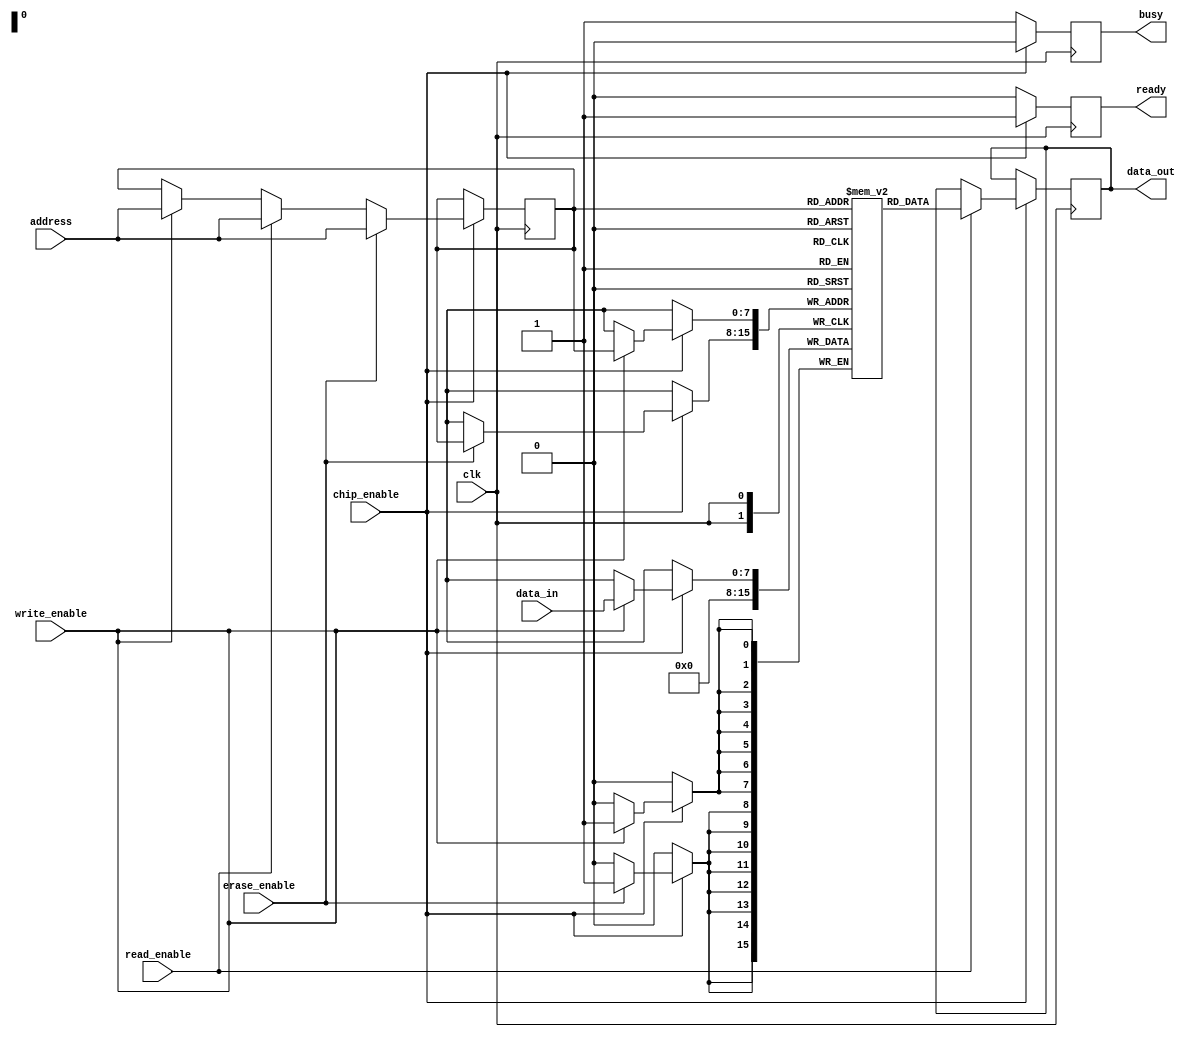
module NVSRAM #(
    parameter ADDR_WIDTH = 8, // Address width
    parameter DATA_WIDTH = 8, // Data width
    parameter MEM_SIZE = 256   // Memory size (2^ADDR_WIDTH)
)(
    input wire clk,            // Clock signal
    input wire chip_enable,    // Chip enable signal
    input wire write_enable,    // Write enable signal
    input wire read_enable,     // Read enable signal
    input wire erase_enable,     // Erase enable signal
    input wire [ADDR_WIDTH-1:0] address, // Address input
    input wire [DATA_WIDTH-1:0] data_in, // Data input
    output reg [DATA_WIDTH-1:0] data_out, // Data output
    output reg ready,          // Status indicator
    output reg busy            // Busy indicator
);

    // Memory array
    reg [DATA_WIDTH-1:0] memory [0:MEM_SIZE-1];

    // Internal signals
    reg [ADDR_WIDTH-1:0] addr_reg;
    reg write_flag, read_flag, erase_flag;

    // Control logic
    always @(posedge clk) begin
        if (!chip_enable) begin
            ready <= 1'b0;
            busy <= 1'b1;
        end else begin
            ready <= 1'b1;
            busy <= 1'b0;

            // Write operation
            if (write_enable) begin
                addr_reg <= address;
                memory[addr_reg] <= data_in;
                write_flag <= 1'b1;
            end else begin
                write_flag <= 1'b0;
            end

            // Read operation
            if (read_enable) begin
                addr_reg <= address;
                data_out <= memory[addr_reg];
                read_flag <= 1'b1;
            end else begin
                read_flag <= 1'b0;
            end

            // Erase operation
            if (erase_enable) begin
                addr_reg <= address;
                memory[addr_reg] <= {DATA_WIDTH{1'b0}}; // Reset to 0
                erase_flag <= 1'b1;
            end else begin
                erase_flag <= 1'b0;
            end
        end
    end

    // Optional: Built-in self-test (BIST) can be implemented here

endmodule